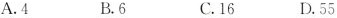
A.4 B.6 C.16 D.55